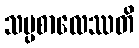
သမ္ပစာလေဿတိ